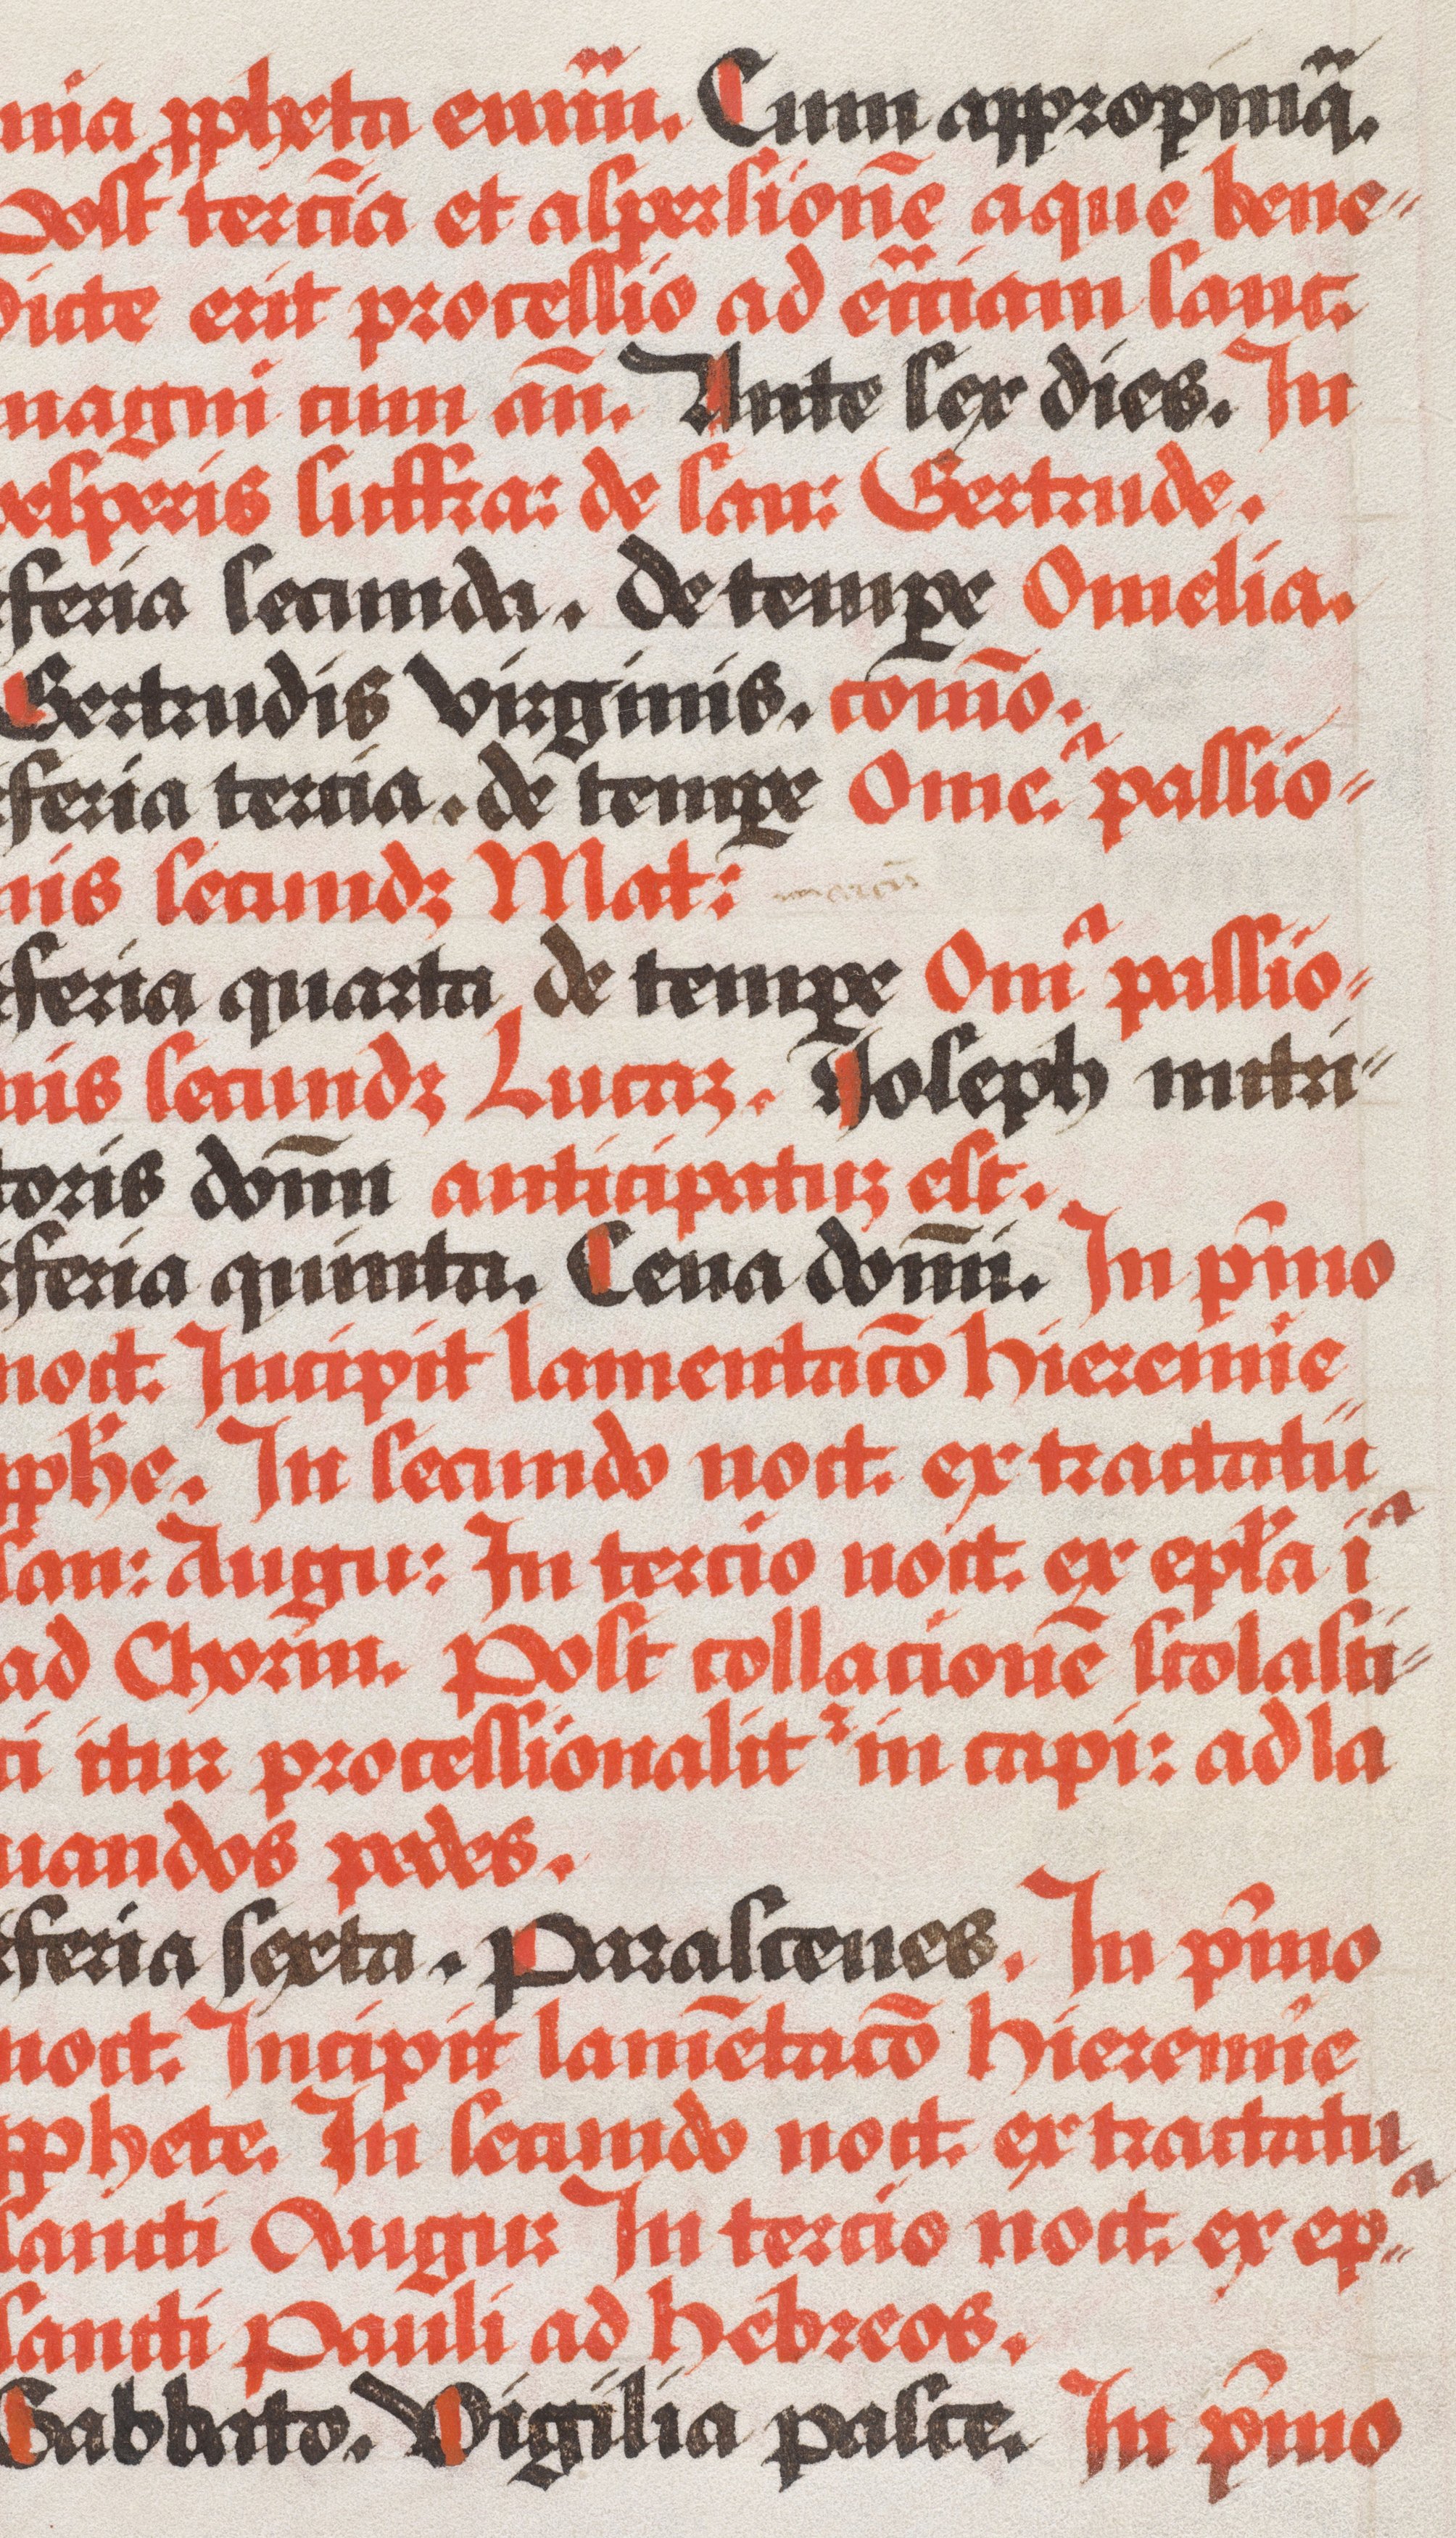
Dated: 1490–1535